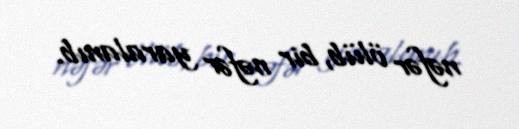
nəfər ölüb, bir nəfər yaralanıb.